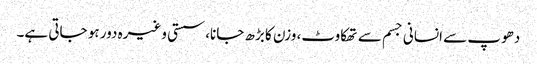
دھوپ سے انسانی جسم سے تھکاوٹ، وزن کا بڑھ جانا، سستی وغیرہ دور ہو جاتی ہے۔